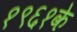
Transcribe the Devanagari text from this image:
१९६१के